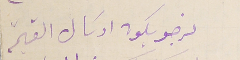
نرجو يكون ارسَال القيمة